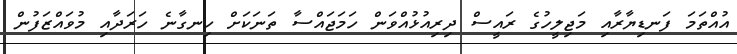
އުއްތަމަ ފަނޑިޔާރާއި މަޖިލީހުގެ ރައީސް ދިރިއުޅުއްވަން ހަމަޖައްސާ ތަނަކަށް ހިނގާނެ ހަރަދާއި މުވައްޒަފުން